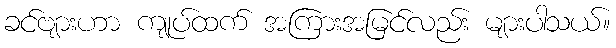
ခင်ဗျားဟာ ကျုပ်ထက် အကြားအမြင်လည်း များပါသယ်။